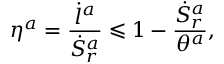
\eta ^ { a } = \frac { \dot { l } ^ { a } } { \dot { S } _ { r } ^ { a } } \leqslant 1 - \frac { \dot { S } _ { r } ^ { a } } { \theta ^ { a } } ,